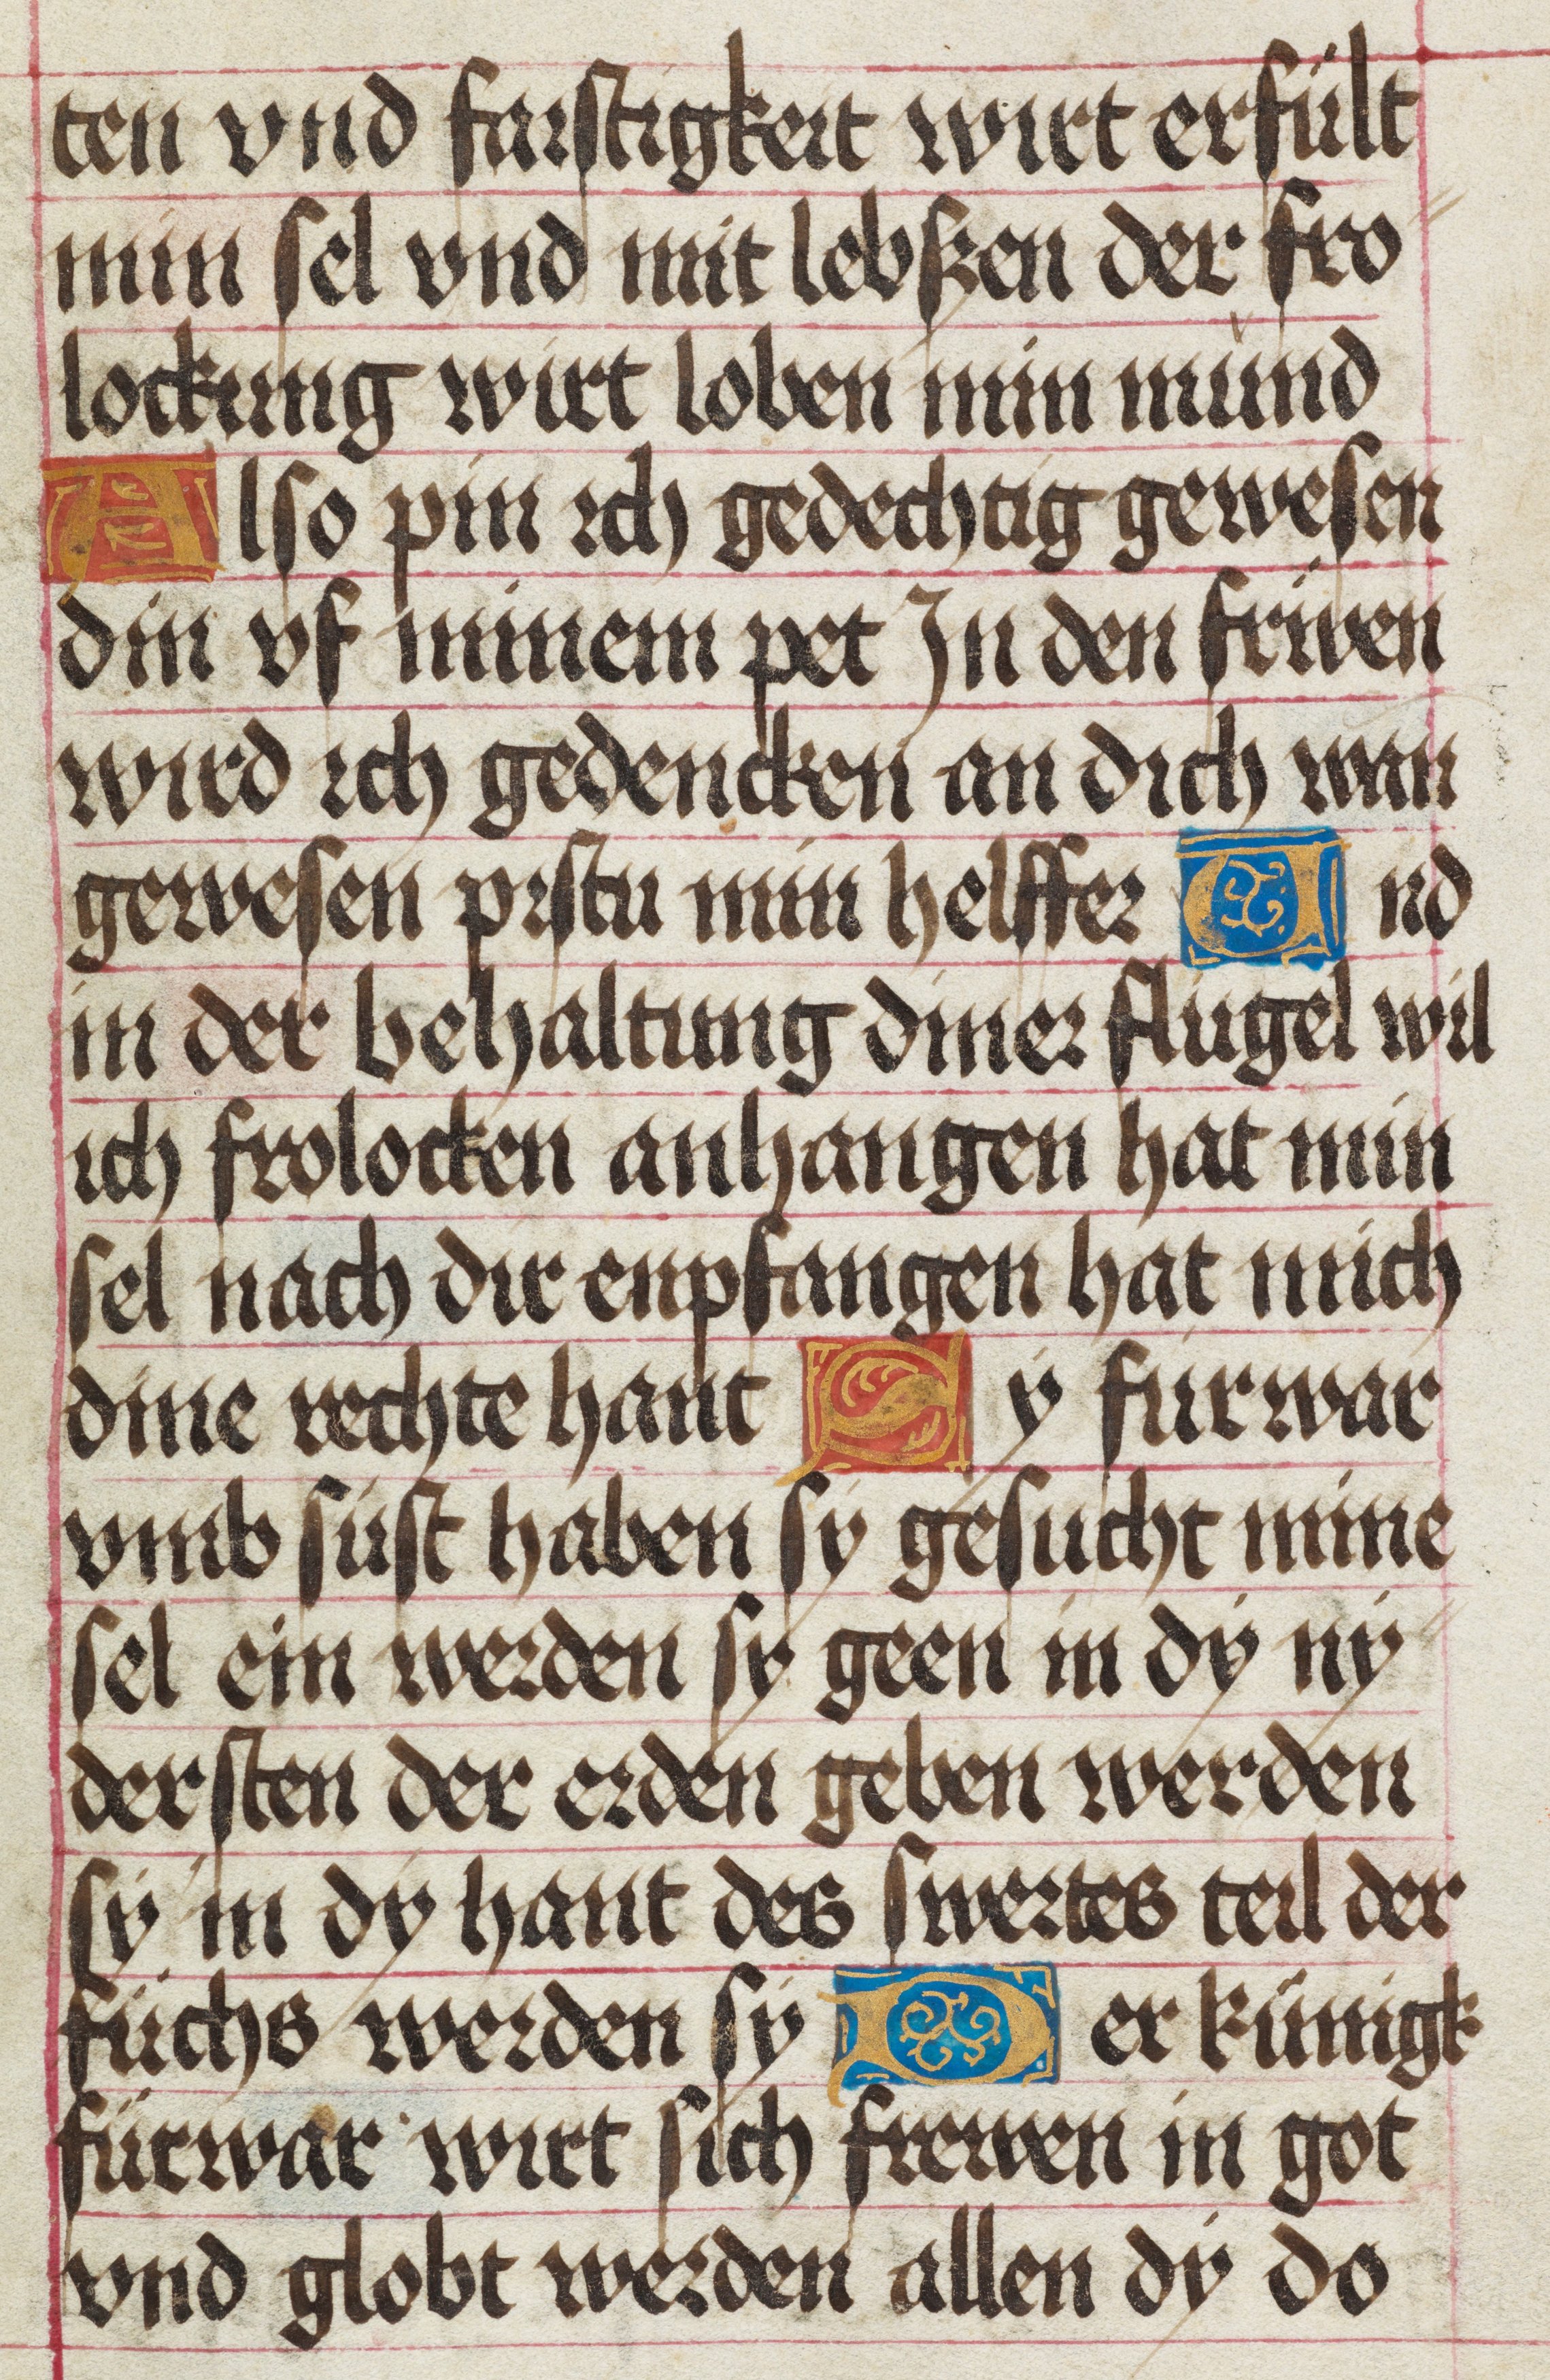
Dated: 1475–1499